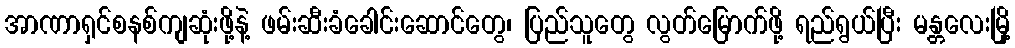
အာဏာရှင်စနစ်ကျဆုံးဖို့နဲ့ ဖမ်းဆီးခံခေါင်းဆောင်တွေ၊ ပြည်သူတွေ လွတ်မြောက်ဖို့ ရည်ရွယ်ပြီး မန္တလေးမြို့